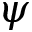
\psi